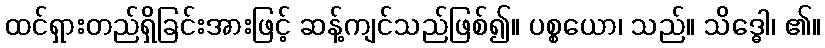
ထင်ရှားတည်ရှိခြင်းအားဖြင့် ဆန့်ကျင်သည်ဖြစ်၍။ ပစ္စယော၊ သည်။ သိဒ္ဓေါ၊ ၏။